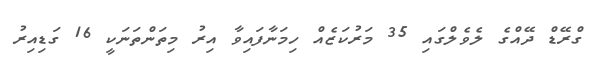
ގްރޭޑް ދޭއްގެ ލެވެލްގައި 35 މަރުކަޒެއް ހިމަނާފައިވާ އިރު މިތަންތަނަކީ 16 ގަޑިއިރު